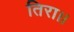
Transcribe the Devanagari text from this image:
तिरा।।